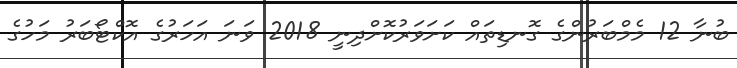
ބުނާ 12 މެމްބަރުންގެ ގޮނޑިތައް ކަށަވަރުކޮށްދިނީ 2018 ވަނަ އަހަރުގެ އޮކްޓޯބަރު މަހުގެ